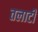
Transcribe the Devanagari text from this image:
तलाटी